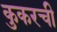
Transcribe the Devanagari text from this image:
कुकरची